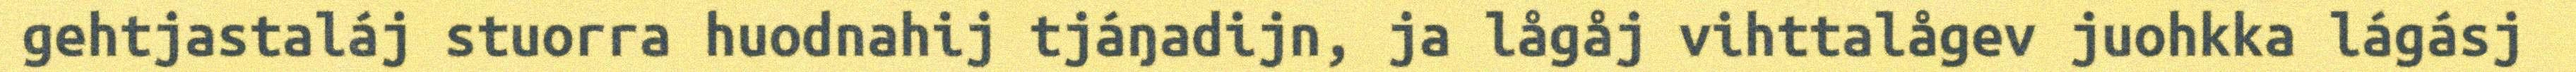
gehtjastaláj stuorra huodnahij tjáŋadijn, ja lågåj vihttalågev juohkka lágásj